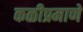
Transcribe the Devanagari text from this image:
कळीप्रमाणे